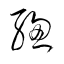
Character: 総